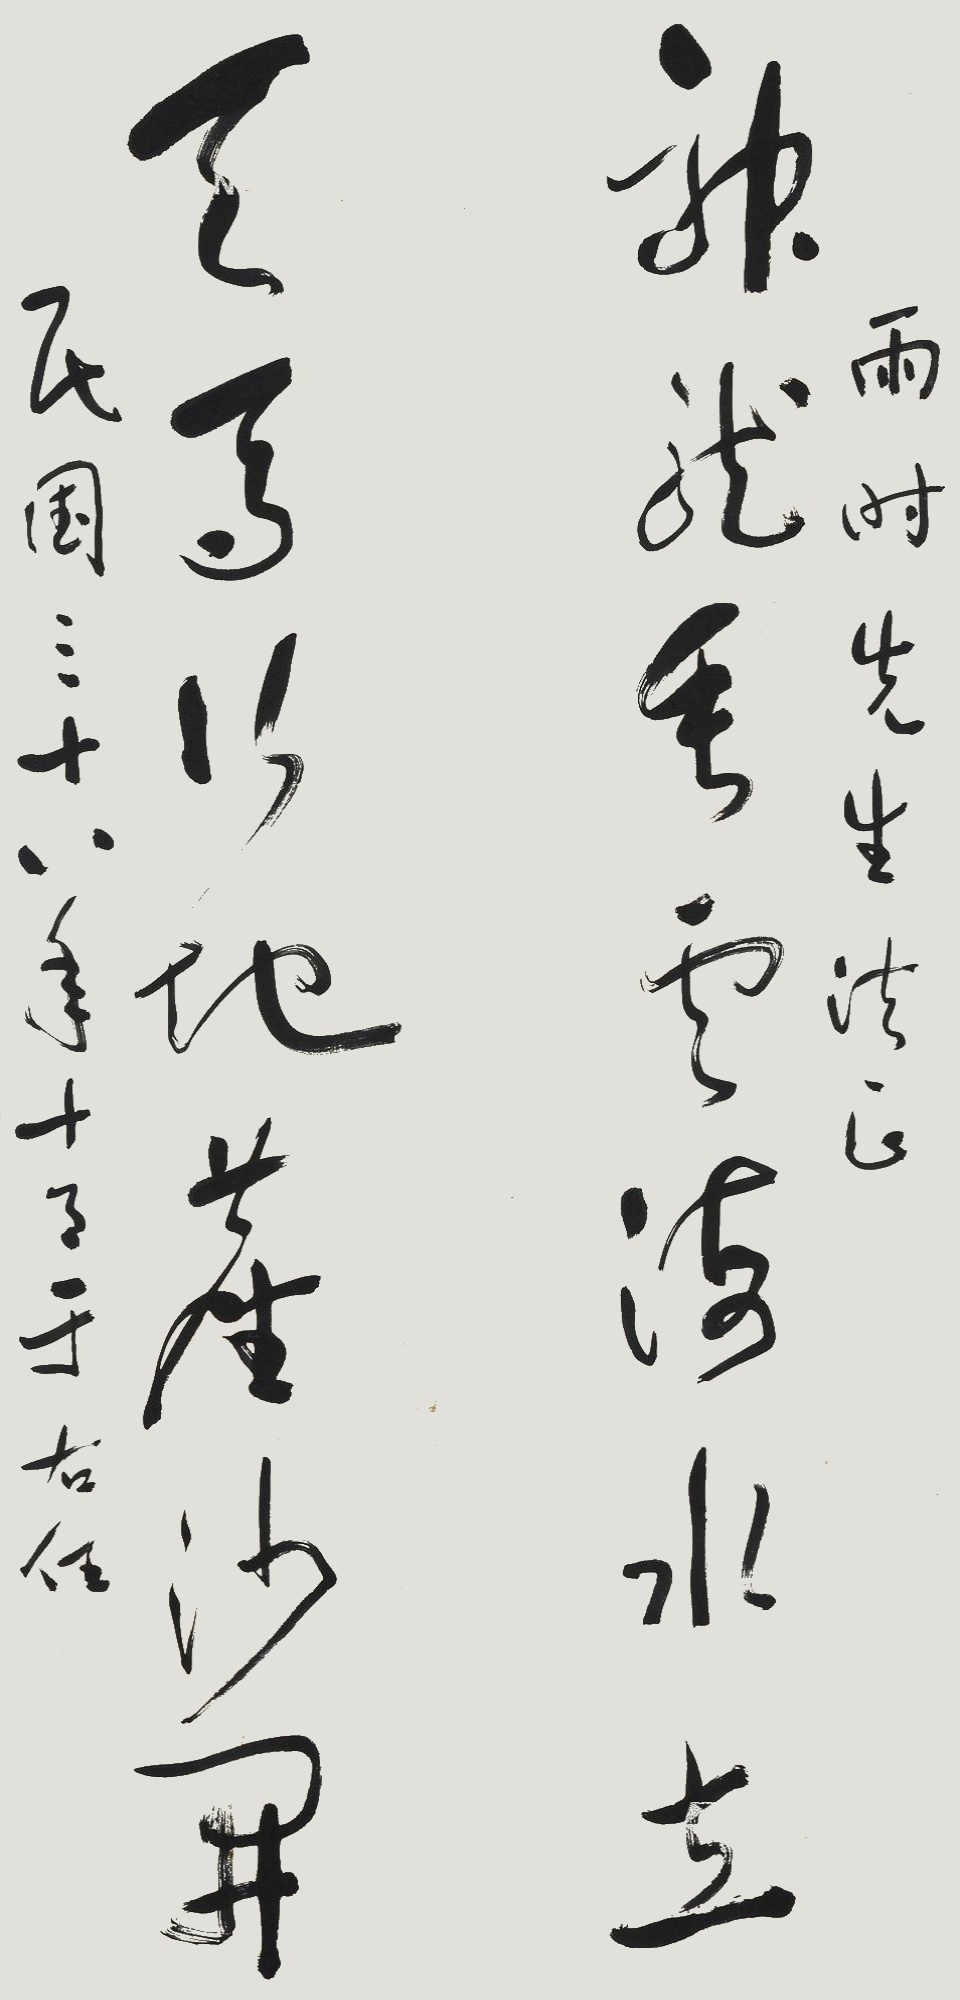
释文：雨时先生法正。神龙垂云海水立，天马行地尘沙开。民国三十八年十月，于右任。